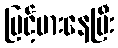
မြင့်မားနေပြီး